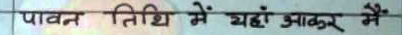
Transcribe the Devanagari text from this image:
पावन तिथि में यहाँ आकर मैं